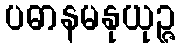
ပဓာနမနုယုဉ္ဇ